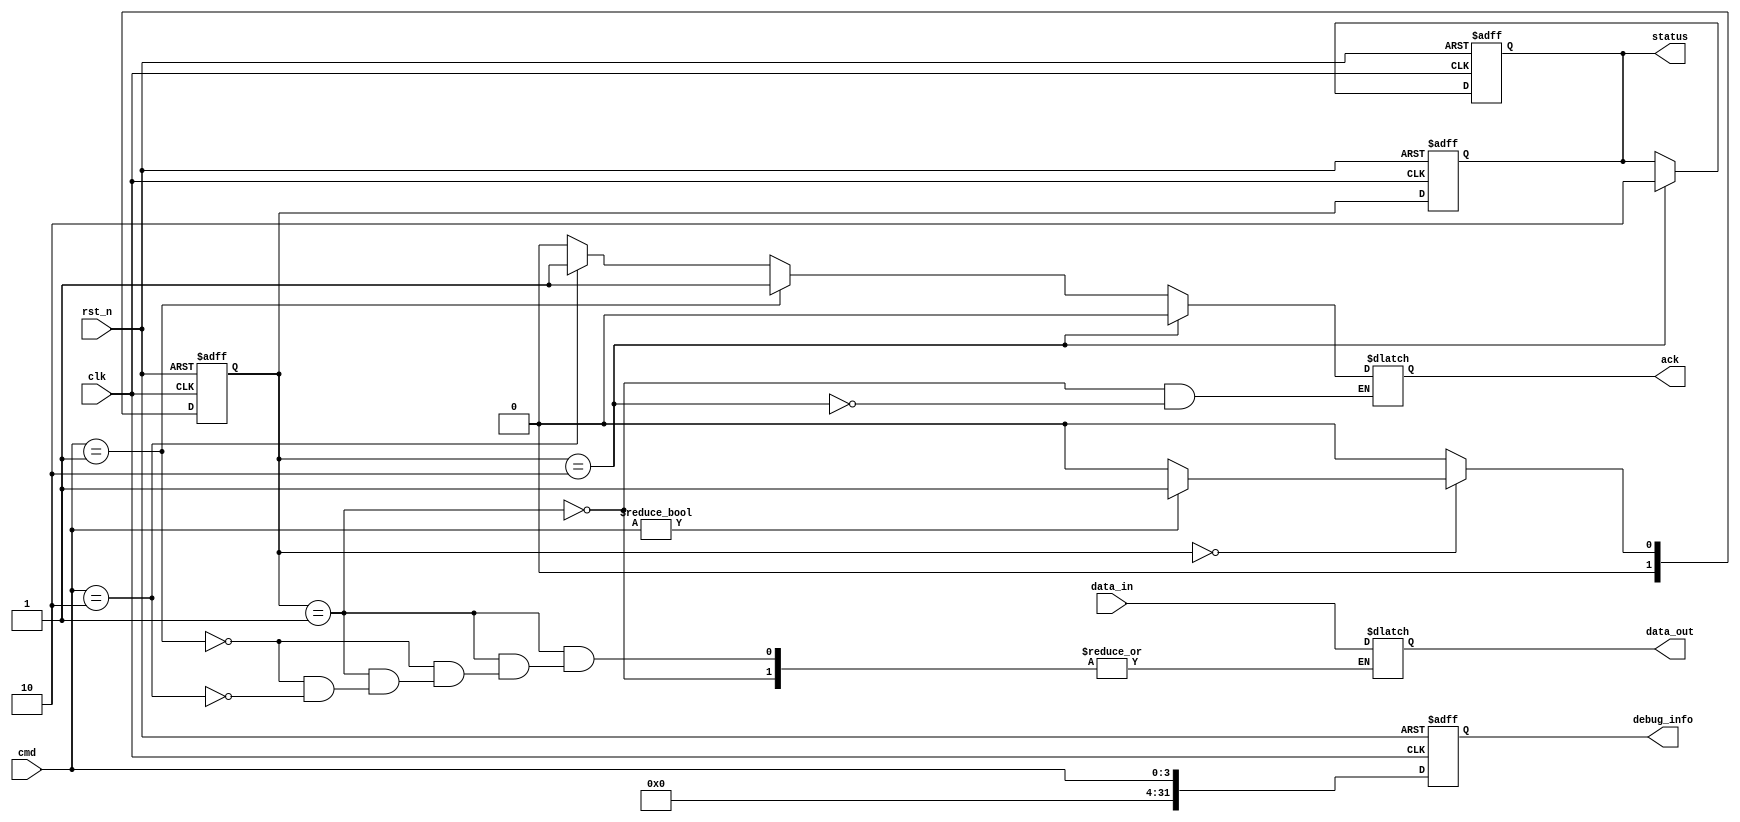
module ufs_io_block (
    input wire clk,               // Clock input
    input wire rst_n,             // Active low reset
    input wire [3:0] cmd,         // Command input (e.g., READ, WRITE, etc.)
    input wire [31:0] data_in,    // Data input from the host
    output reg [31:0] data_out,    // Data output to the host
    output reg ack,                // Acknowledgment signal
    output reg [1:0] status,       // Status signals (00: idle, 01: busy, 10: error)
    output reg [31:0] debug_info   // Debug information output
);

// Parameter definitions
parameter IDLE       = 2'b00;
parameter BUSY       = 2'b01;
parameter ERROR      = 2'b10;

// Internal signals
reg [1:0] state, next_state;

// Command decoder logic
always @(*) begin
    case (state)
        IDLE: begin
            if (cmd != 4'b0000) // If a valid command is received
                next_state = BUSY;
            else
                next_state = IDLE;
        end
        BUSY: begin
            // Implement command processing logic here
            // For demonstration, just check for READ/WRITE commands
            if (cmd == 4'b0001) begin // READ command example
                data_out = data_in; // Just echo data for read example
                ack = 1;
            end else if (cmd == 4'b0010) begin // WRITE command example
                data_out = data_in; // Write data
                ack = 1;
            end else begin
                // Handle unexpected command
                next_state = ERROR;
                ack = 0;
            end
            next_state = IDLE; // Go back to IDLE after processing
        end
        ERROR: begin
            // Error handling
            ack = 0;
            next_state = IDLE;
        end
        default: next_state = IDLE; // Default case
    endcase
end

// State register
always @(posedge clk or negedge rst_n) begin
    if (!rst_n) begin
        state <= IDLE;
        status <= IDLE;
        debug_info <= 32'b0;
    end else begin
        state <= next_state;
        // Update status
        status <= state;
        // Capture debug information based on state
        debug_info <= {28'b0, cmd}; // Example debug info
    end
end

// Managing errors
always @(posedge clk or negedge rst_n) begin
    if (!rst_n) begin
        // Reset status to idle
        status <= IDLE;
    end else begin
        if (state == ERROR) begin
            // Handle specific error conditions
            // Example: set status to ERROR
            status <= ERROR;
        end
    end
end

endmodule